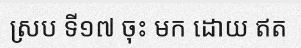
ស្រប ទី១៧ ចុះ មក ដោយ ឥត